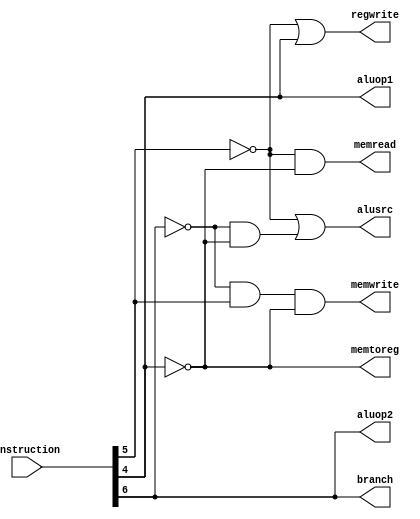
//Name : 	Nishanth Subramanian		Narayan G	
//Roll No : 171CO127					171CO225
//MAIN CONTROL UNIT


module mcu(input [31:0]instruction, output alusrc, output memtoreg, output regwrite, output memread, output memwrite, output branch, output aluop1, output aluop2);
	
	assign alusrc = ~instruction[5] || ((~instruction[6])&&(~instruction[4])); 
	assign memtoreg = ~instruction[4];
	assign regwrite = ~instruction[5] || instruction[4] ;
	assign memread = (~instruction[5])&&(~instruction[4]);
	assign memwrite = (~instruction[6])&&(instruction[5])&&(~instruction[4]) ;
	assign branch = instruction[6] ;
	assign aluop1 = instruction[4] ;
	assign aluop2 = instruction[6] ;
	
endmodule